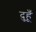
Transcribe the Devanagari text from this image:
दुहूँ